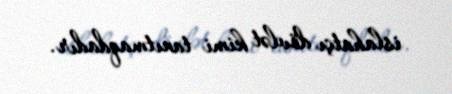
islahatçı dövlət kimi tanıtmaqdadır.